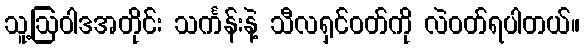
သူ့ဩဝါဒအတိုင်း သင်္ကန်းနဲ့ သီလရှင်ဝတ်ကို လဲဝတ်ရပါတယ်။